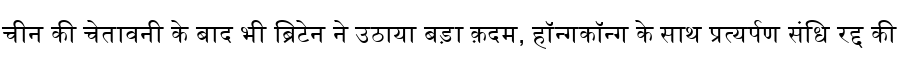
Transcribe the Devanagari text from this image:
चीन की चेतावनी के बाद भी ब्रिटेन ने उठाया बड़ा क़दम, हॉन्गकॉन्ग के साथ प्रत्यर्पण संधि रद्द की